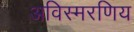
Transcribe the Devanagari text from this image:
अविस्मरणिय